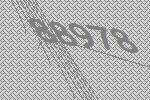
88978